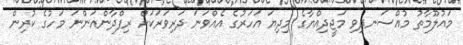
މައުލޫމާތު މުއްސަނދިވި މަޖީދިއްޔާގެ މިދިޔަ އަހަރުގެ އެއްވަނަ ދަރިވަރަކަށް ރިފްދާންއަންނަ މަހުގެ ކުރިން